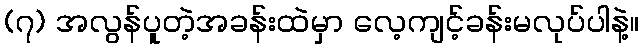
(၇) အလွန်ပူတဲ့အခန်းထဲမှာ လေ့ကျင့်ခန်းမလုပ်ပါနဲ့။